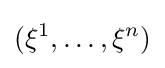
(\xi ^{1},\dots ,\xi ^{n})